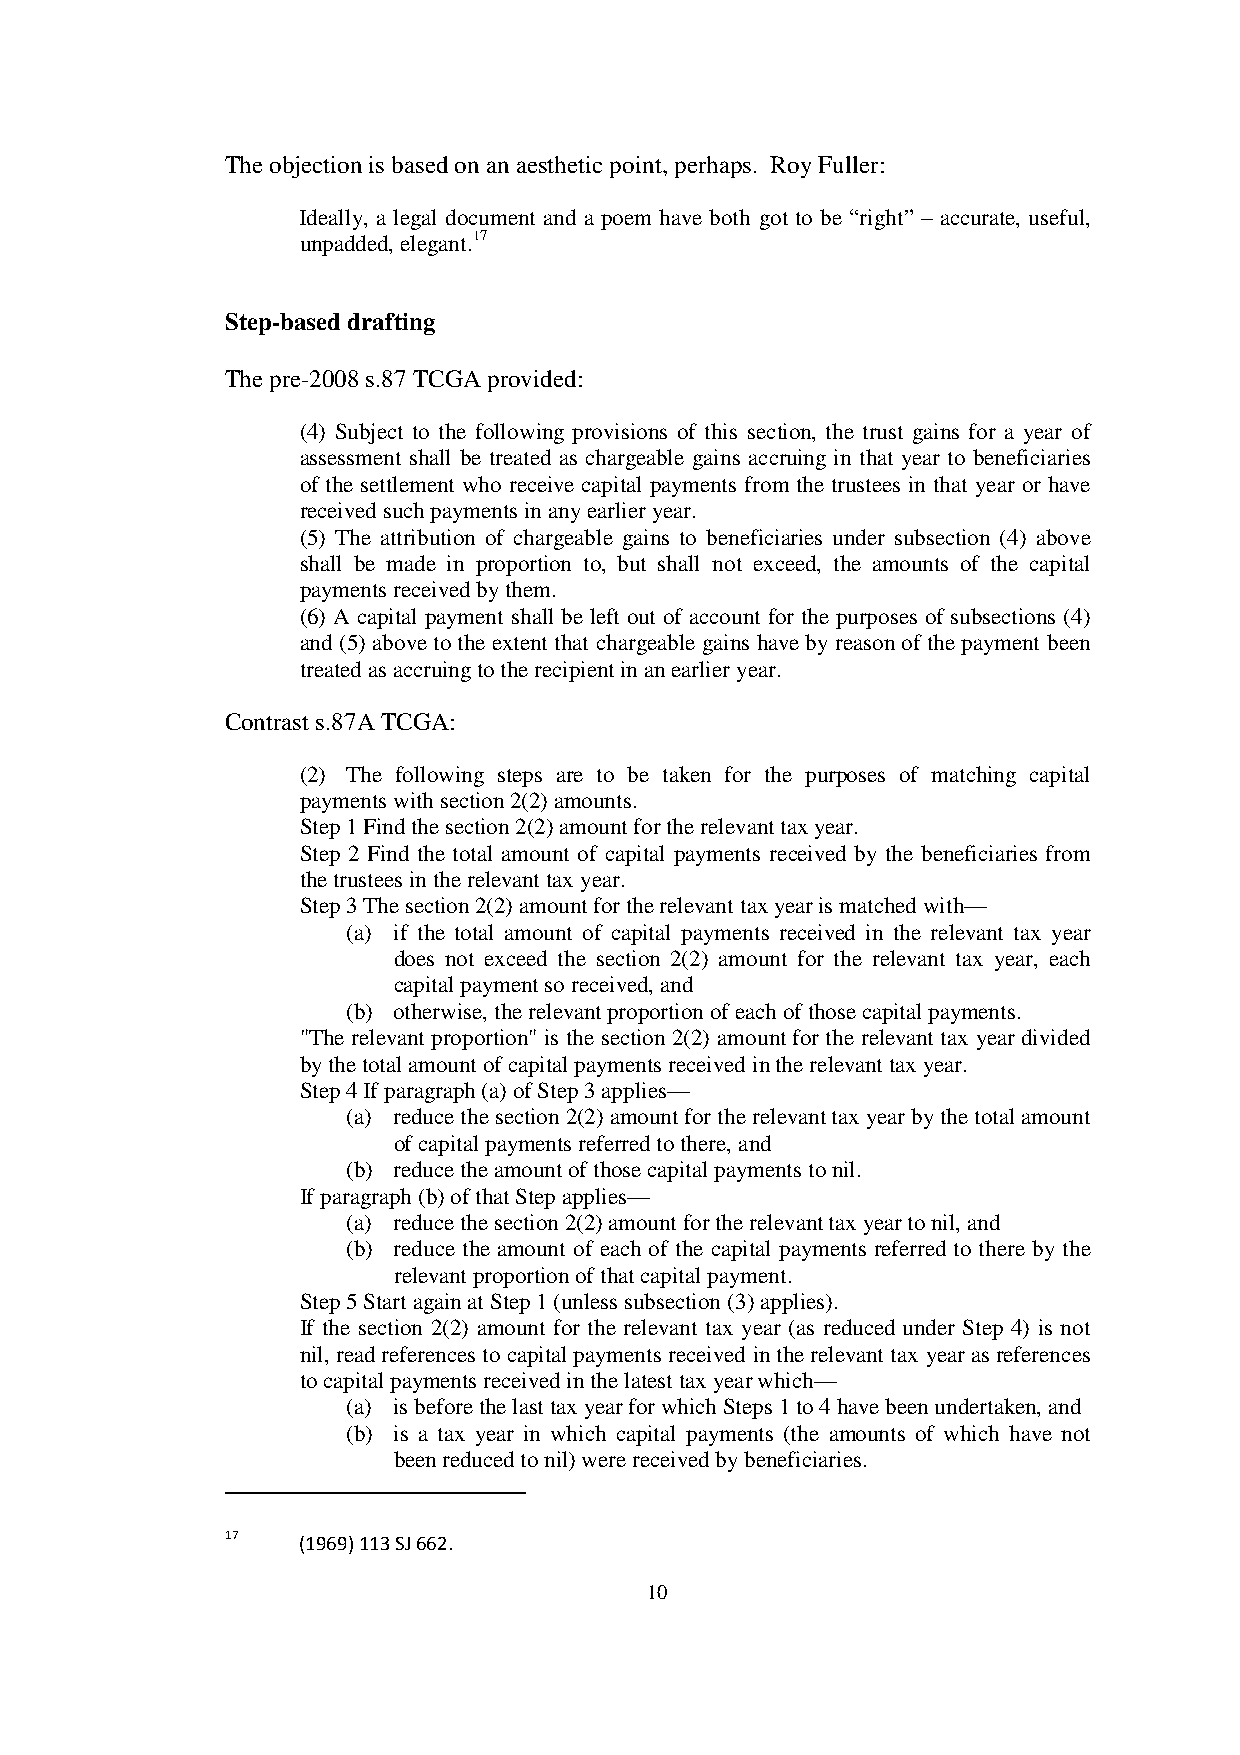
The objection is based on an aesthetic point, perhaps. Roy Fuller:
 Ideally, a legal document and a poem have both got to be “right” – accurate, useful,
 unpadded, elegant.17
 Step-based drafting
 The pre-2008 s.87 TCGA provided:
 (4) Subject to the following provisions of this section, the trust gains for a year of
 assessment shall be treated as chargeable gains accruing in that year to beneficiaries
 of the settlement who receive capital payments from the trustees in that year or have
 received such payments in any earlier year.
 (5) The attribution of chargeable gains to beneficiaries under subsection (4) above
 shall be made in proportion to, but shall not exceed, the amounts of the capital
 payments received by them.
 (6) A capital payment shall be left out of account for the purposes of subsections (4)
 and (5) above to the extent that chargeable gains have by reason of the payment been
 treated as accruing to the recipient in an earlier year.
 Contrast s.87A TCGA:
 (2) The following steps are to be taken for the purposes of matching capital
 payments with section 2(2) amounts.
 Step 1 Find the section 2(2) amount for the relevant tax year.
 Step 2 Find the total amount of capital payments received by the beneficiaries from
 the trustees in the relevant tax year.
 Step 3 The section 2(2) amount for the relevant tax year is matched with—
 (a) if the total amount of capital payments received in the relevant tax year
 does not exceed the section 2(2) amount for the relevant tax year, each
 capital payment so received, and
 (b) otherwise, the relevant proportion of each of those capital payments.
 "The relevant proportion" is the section 2(2) amount for the relevant tax year divided
 by the total amount of capital payments received in the relevant tax year.
 Step 4 If paragraph (a) of Step 3 applies—
 (a) reduce the section 2(2) amount for the relevant tax year by the total amount
 of capital payments referred to there, and
 (b) reduce the amount of those capital payments to nil.
 If paragraph (b) of that Step applies—
 (a) reduce the section 2(2) amount for the relevant tax year to nil, and
 (b) reduce the amount of each of the capital payments referred to there by the
 relevant proportion of that capital payment.
 Step 5 Start again at Step 1 (unless subsection (3) applies).
 If the section 2(2) amount for the relevant tax year (as reduced under Step 4) is not
 nil, read references to capital payments received in the relevant tax year as references
 to capital payments received in the latest tax year which—
 (a) is before the last tax year for which Steps 1 to 4 have been undertaken, and
 (b) is a tax year in which capital payments (the amounts of which have not
 been reduced to nil) were received by beneficiaries.
 17   (1969) 113 SJ 662.
 10